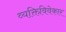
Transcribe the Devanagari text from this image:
व्यक्तिविवेकार